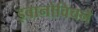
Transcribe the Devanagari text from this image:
इवानोविचने